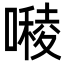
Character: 𭋓